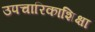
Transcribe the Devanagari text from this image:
उपचारिकाशिक्षा